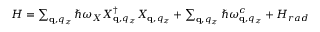
\begin{array} { r } { H = \sum _ { \mathbf q , q _ { z } } \hbar \omega _ { X } X _ { \mathbf q , q _ { z } } ^ { \dagger } X _ { \mathbf q , q _ { z } } + \sum _ { \mathbf q , q _ { z } } \hbar \omega _ { \mathbf q , q _ { z } } ^ { c } + H _ { r a d } } \end{array}